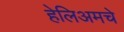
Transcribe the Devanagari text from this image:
हेलिअमचे